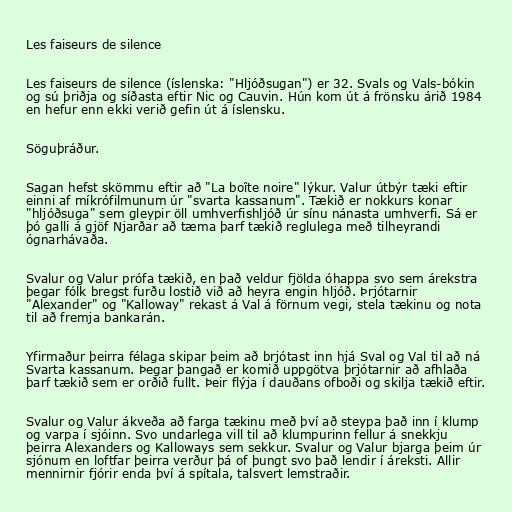
Les faiseurs de silence

Les faiseurs de silence (íslenska: "Hljóðsugan") er 32. Svals og Vals-bókin
og sú þriðja og síðasta eftir Nic og Cauvin. Hún kom út á frönsku árið 1984
en hefur enn ekki verið gefin út á íslensku.

Söguþráður.

Sagan hefst skömmu eftir að "La boîte noire" lýkur. Valur útbýr tæki eftir
einni af míkrófilmunum úr "svarta kassanum". Tækið er nokkurs konar
"hljóðsuga" sem gleypir öll umhverfishljóð úr sínu nánasta umhverfi. Sá er
þó galli á gjöf Njarðar að tæma þarf tækið reglulega með tilheyrandi
ógnarhávaða.

Svalur og Valur prófa tækið, en það veldur fjölda óhappa svo sem árekstra
þegar fólk bregst furðu lostið við að heyra engin hljóð. Þrjótarnir
"Alexander" og "Kalloway" rekast á Val á förnum vegi, stela tækinu og nota
til að fremja bankarán.

Yfirmaður þeirra félaga skipar þeim að brjótast inn hjá Sval og Val til að ná
Svarta kassanum. Þegar þangað er komið uppgötva þrjótarnir að afhlaða
þarf tækið sem er orðið fullt. Þeir flýja í dauðans ofboði og skilja tækið eftir.

Svalur og Valur ákveða að farga tækinu með því að steypa það inn í klump
og varpa í sjóinn. Svo undarlega vill til að klumpurinn fellur á snekkju
þeirra Alexanders og Kalloways sem sekkur. Svalur og Valur bjarga þeim úr
sjónum en loftfar þeirra verður þá of þungt svo það lendir í áreksti. Allir
mennirnir fjórir enda því á spítala, talsvert lemstraðir.